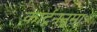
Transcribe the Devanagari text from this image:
कार्टूननुमा